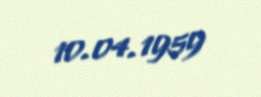
10.04.1959